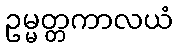
ဥမ္မတ္တကာလယံ